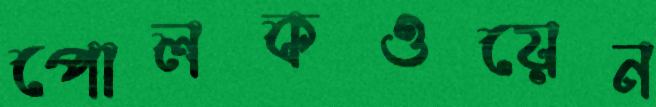
পোলকওয়েন